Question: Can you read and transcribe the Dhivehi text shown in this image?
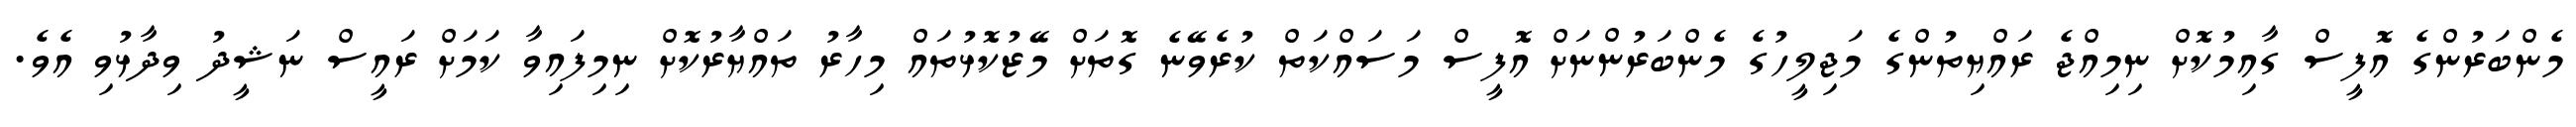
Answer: މެންބަރުންގެ އޮފީސް ގާއިމުކޮށް ނިމިއްޖެ ރައްޔިތުންގެ މަޖިލީހުގެ މެންބަރުންނަށް އޮފީސް މަސައްކަތް ކުރެވޭނެ ގޮތަށް މޭޒުކޮޅުތައް މިހާރު ތައްޔާރުކޮށް ނިމިފައިވާ ކަމަށް ރައީސް ނަޝީދު ވިދާޅުވި އެވެ.